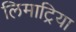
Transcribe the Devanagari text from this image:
लिमाट्रिया